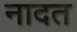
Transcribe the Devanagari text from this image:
नादत